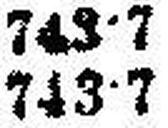
743•7